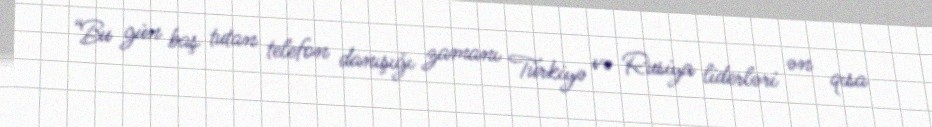
“Bu gün baş tutan telefon danışığı zamanı Türkiyə və Rusiya liderləri ən qısa